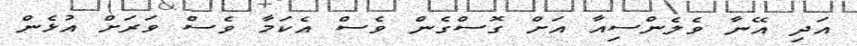
އަދި އޭނާ ވެލެންސިއާ އަށް ގޮސްގެން ވެސް އެކަމާ ވެސް ވަރަށް އުޅެން